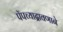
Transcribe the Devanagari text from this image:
पॅपच्याद्रावणाने